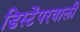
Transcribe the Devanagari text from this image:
डिस्टेंपरवाली